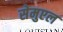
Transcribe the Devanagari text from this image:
सेमुएल